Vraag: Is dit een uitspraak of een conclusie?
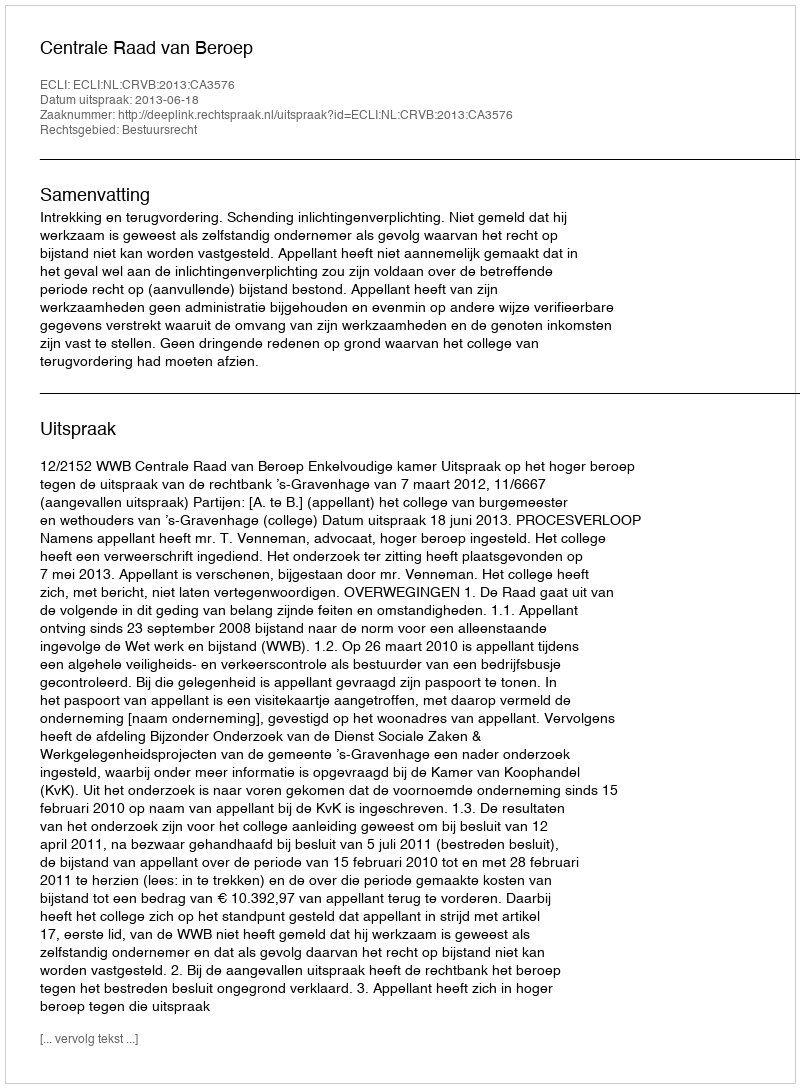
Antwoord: Uitspraak